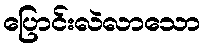
ပြောင်းလဲလာသော